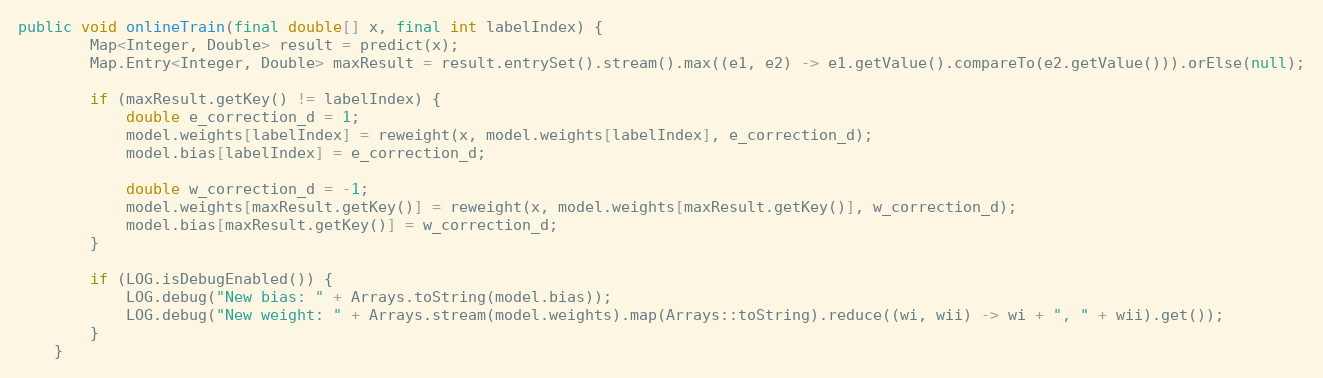
Language: Java
public void onlineTrain(final double[] x, final int labelIndex) {
        Map<Integer, Double> result = predict(x);
        Map.Entry<Integer, Double> maxResult = result.entrySet().stream().max((e1, e2) -> e1.getValue().compareTo(e2.getValue())).orElse(null);

        if (maxResult.getKey() != labelIndex) {
            double e_correction_d = 1;
            model.weights[labelIndex] = reweight(x, model.weights[labelIndex], e_correction_d);
            model.bias[labelIndex] = e_correction_d;

            double w_correction_d = -1;
            model.weights[maxResult.getKey()] = reweight(x, model.weights[maxResult.getKey()], w_correction_d);
            model.bias[maxResult.getKey()] = w_correction_d;
        }

        if (LOG.isDebugEnabled()) {
            LOG.debug("New bias: " + Arrays.toString(model.bias));
            LOG.debug("New weight: " + Arrays.stream(model.weights).map(Arrays::toString).reduce((wi, wii) -> wi + ", " + wii).get());
        }
    }